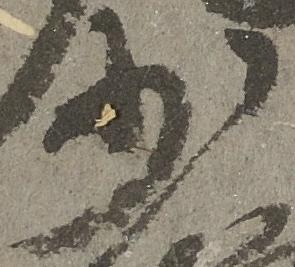
少